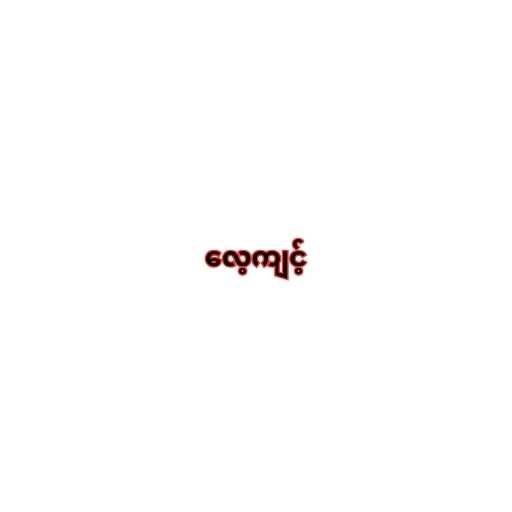
လေ့ကျင့်